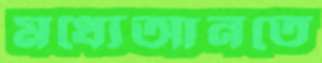
মধ্যেআনতে